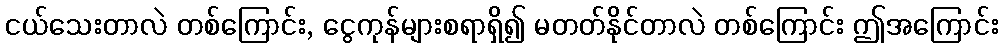
ငယ်သေးတာလဲ တစ်ကြောင်း, ငွေကုန်များစရာရှိ၍ မတတ်နိုင်တာလဲ တစ်ကြောင်း ဤအကြောင်း